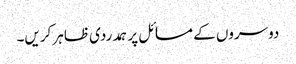
دوسروں کے مسائل پر ہمدردی ظاہر کریں۔